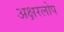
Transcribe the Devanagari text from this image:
अक्षरलोप